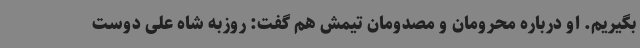
بگیریم. او درباره محرومان و مصدومان تیمش هم گفت: روزبه شاه علی دوست